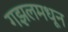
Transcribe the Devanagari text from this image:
गझलमधून